Lunatic asylums in Bengal annual reports 1899-1911 - 1899-1911
Year: 1899
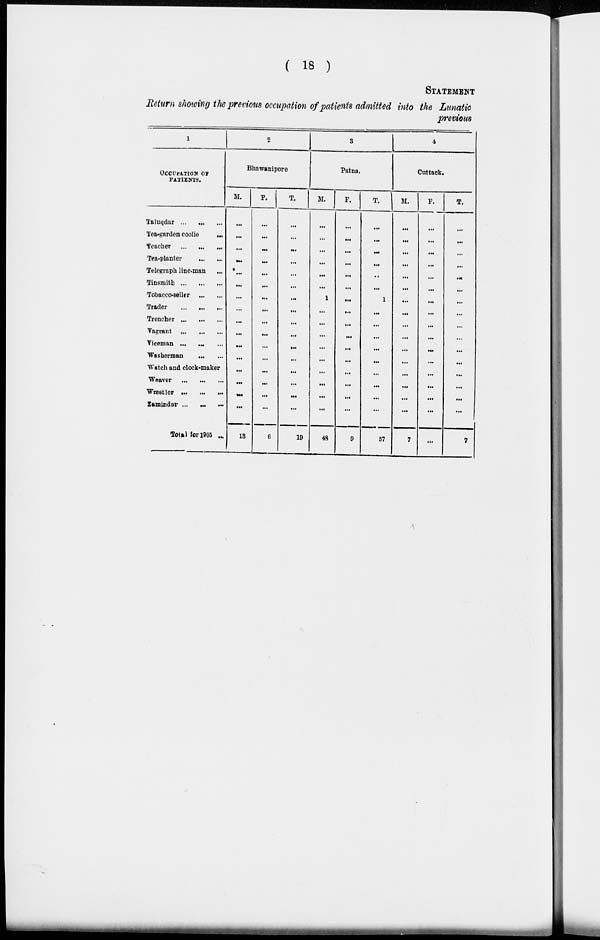
( 18 )
STATEMENT
Return showing the previous occupation of patients admitted into the Lunatic
previous
1
OCCUPATION OF
PATIENTS.
Taluqdar ... ... ...
Tea-garden coolie ...
Teacher
...
...
...
Tea-planter
...
...
Telegraph line-man
...
Tinsmith ... ... ...
Tobacco-seller ... ...
Trader
...
...
...
Trencher ... ... ...
Vagrant ... ... ...
Viceman ... ... ...
Washerman ... ...
Watch and clock-maker
Weaver ... ... ...
Wrestler ... ...
...
Zamindar ...
...
...
Total for 1905 ...
2
Bhawanipore
M.
...
...
...
...
...
...
...
...
...
...
...
...
...
...
...
...
13
F.
...
...
...
...
...
...
...
...
...
...
...
...
...
...
...
...
6
T.
...
...
...
...
...
...
...
...
...
...
...
...
...
...
...
...
19
3
Patna.
M.
...
...
...
...
...
...
1
...
...
...
...
...
...
...
...
...
48
F.
...
...
...
...
...
...
...
...
...
...
...
...
...
...
...
...
9
T.
...
...
...
...
..
...
1
...
...
...
...
...
...
...
...
...
57
4
Cuttack.
M.
...
...
...
...
...
...
...
...
...
...
...
...
...
...
...
...
7
F.
...
...
...
...
...
...
...
...
...
...
...
...
...
...
...
...
...
T.
...
...
...
...
...
...
...
...
...
...
...
...
...
...
...
...
7